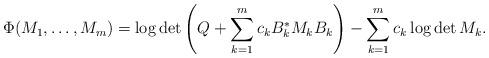
LaTeX: \begin{align*} \Phi(M_1, \ldots, M_m) = \log \det \left(Q + \sum_{k=1}^m c_k B_k^\ast M_k B_k\right) - \sum_{k=1}^m c_k \log \det M_k.\end{align*}